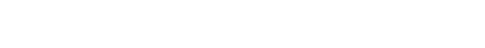
လပေါ်ရောက်အောင် ကြိုးစားတဲ့ ပထမဆုံး ပုဂ္ဂလိက ကုမ္ပဏီကလည်း နောက်ထပ် အမေရိကန်